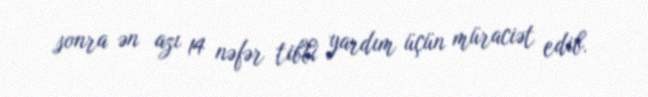
sonra ən azı 14 nəfər tibbi yardım üçün müraciət edib.